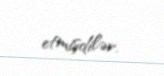
etmişdilər.